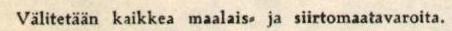
Välitetään kaikkea maalais- ja siirtomaatavaroita.